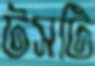
টসটি